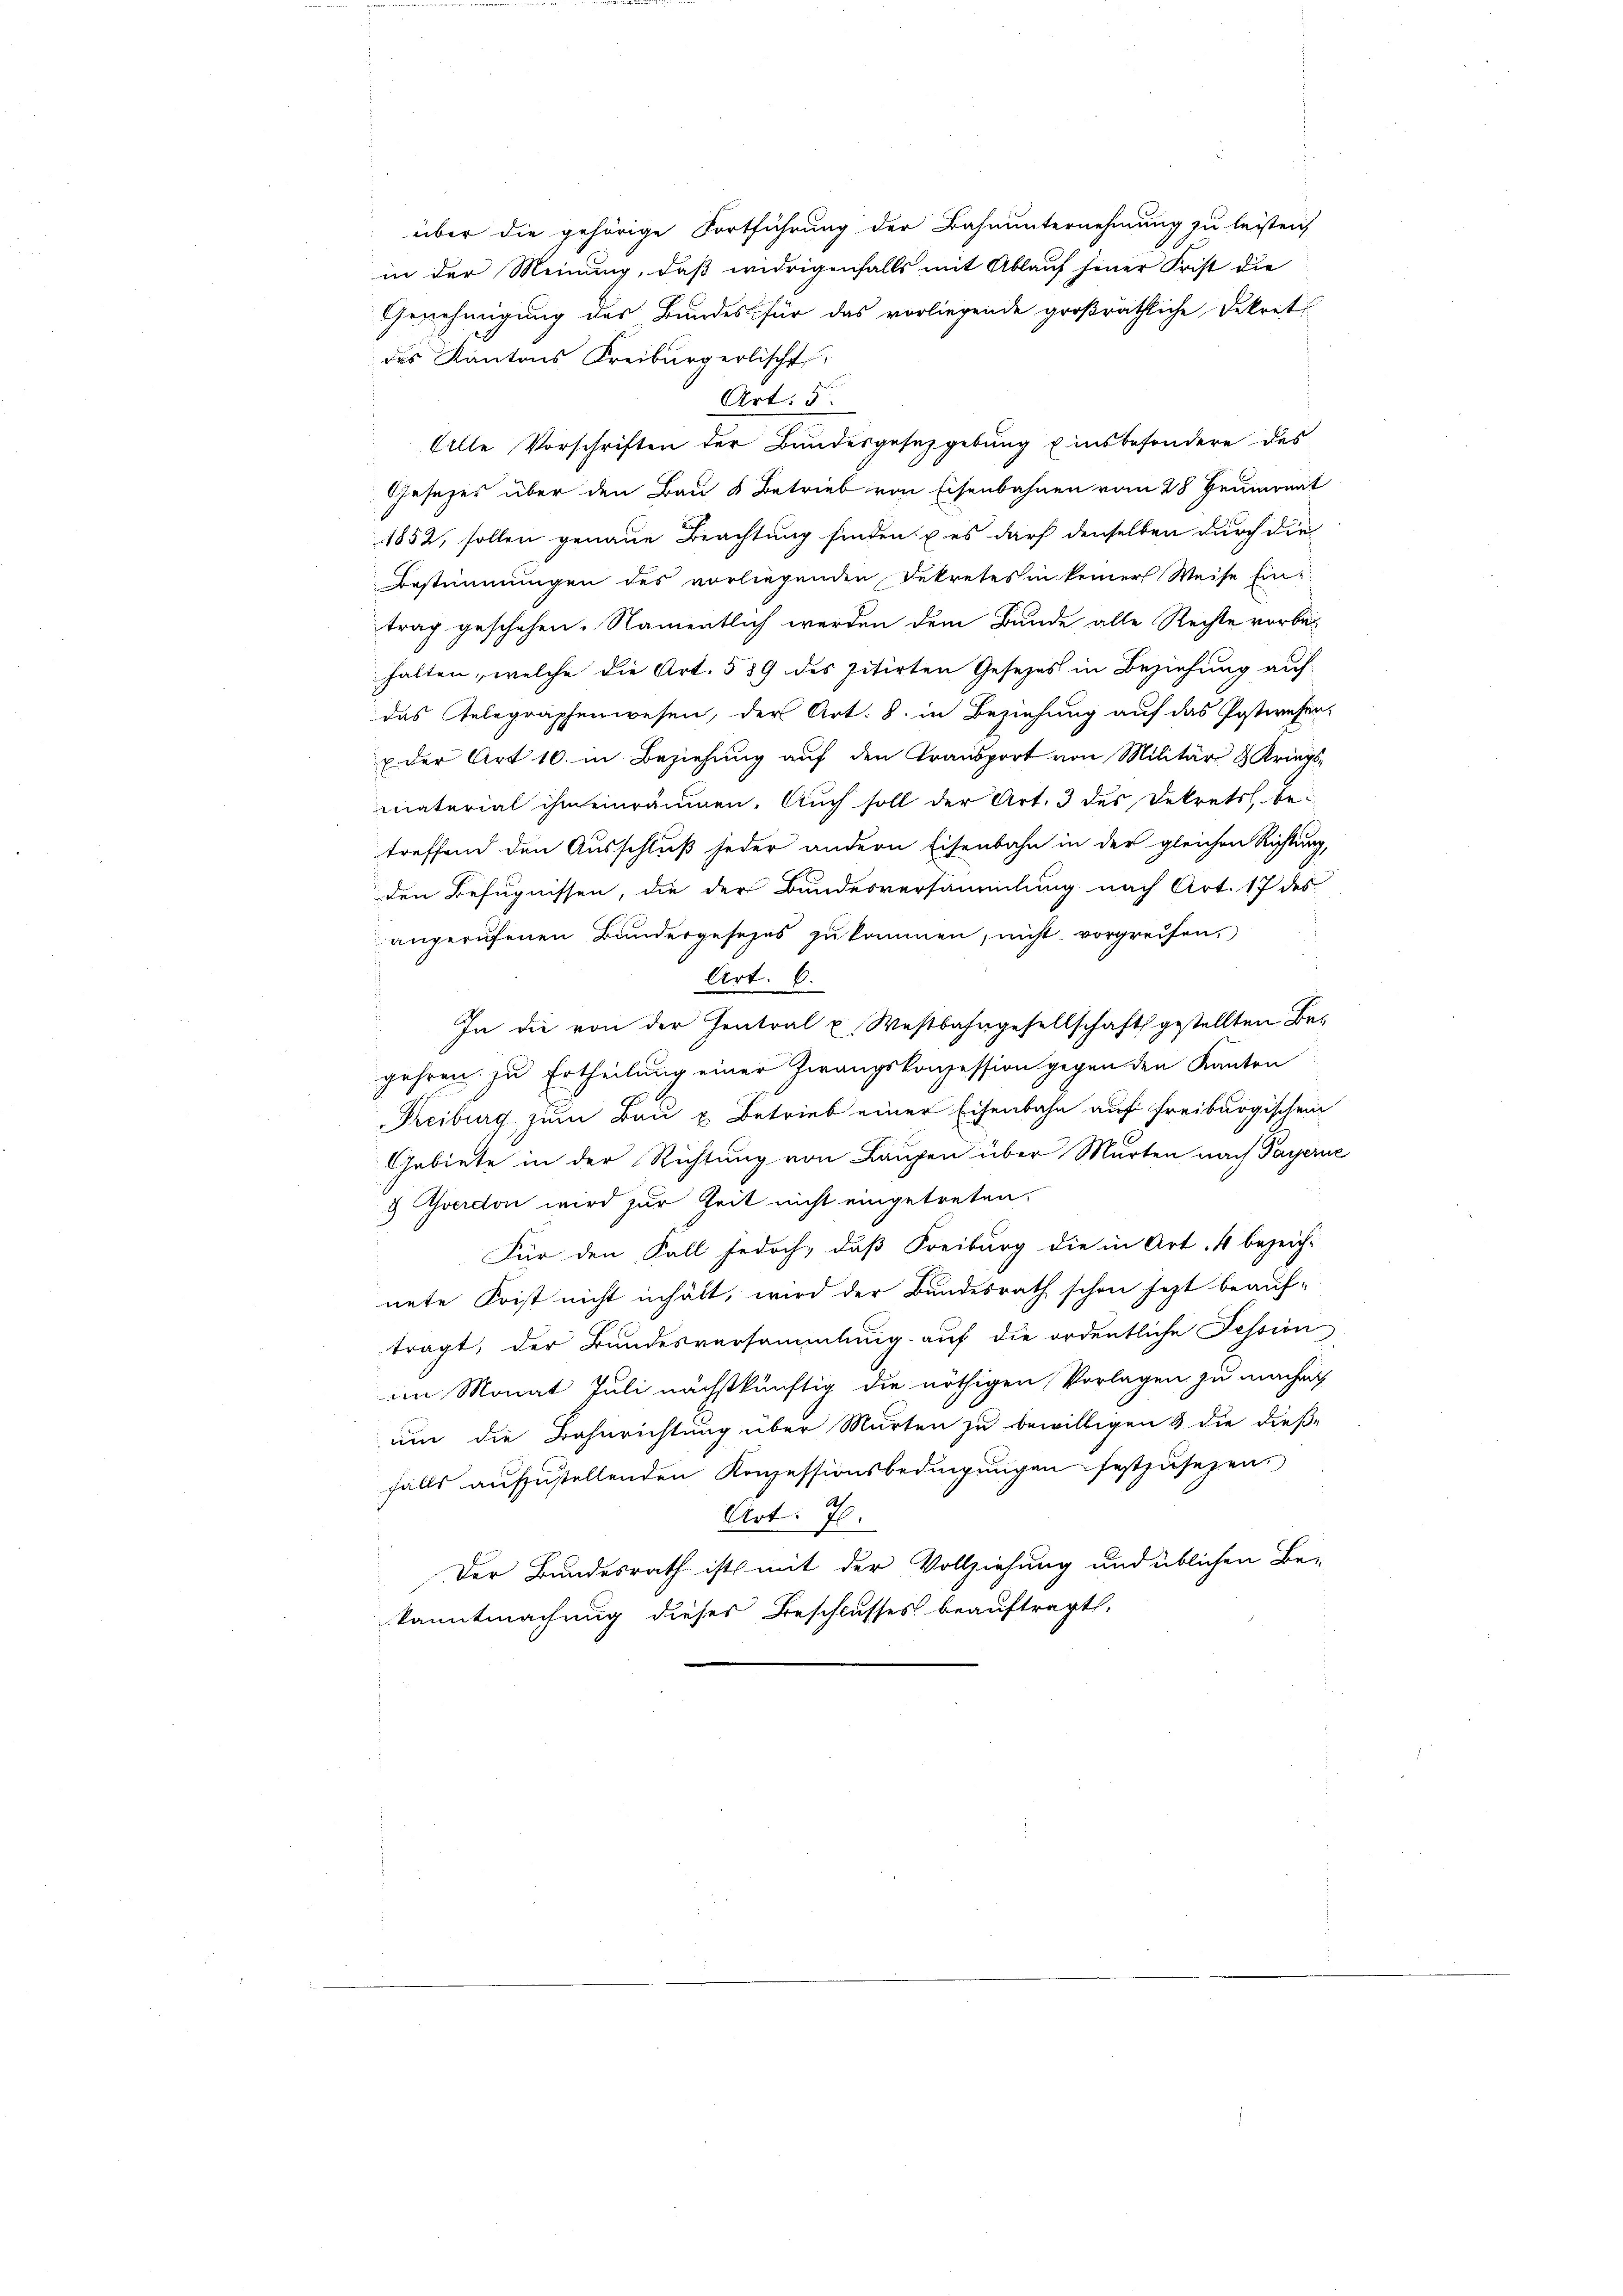
über die gehörige Fortführung der Bahnunternehmung zu leisten,
in der Meinung, daß widrigenfalls mit Ablauf jener Frist die
Genehmigung des Bundes für das vorliegende großräthliche Dekret
des Kantons Freiburgerlischt
Art: 5.
Alle Vorschriften der Bundesgesetzgebung u insbesondere des
Gesetzes über den Bau & Betrieb von Eisenbahnen vom 28. Heumonat
1852, sollen genaue Beachtung finden u es darf denselben durch die
Bestimmungen des vorliegenden Dekretes in keiner Weise Ein-
trag geschehen. Namentlich werden dem Bunde alle Rechte vorbe-
halten, welche die Art. 559 des zitirten Gesezes in Beziehung auf
das Gelegraphenwesen, der Art. 8. in Beziehung auf das Postwesen,
E der Art 10. in Beziehung auf den Transport von Militär 8 Kriegs-
material ihm einräumen. Auch soll der Art. 3 des Dekrets bei
treffend den Ausschluß jeder andern Eisenbahn in der gleichen Richtung,
den Befugnissen, die der Bundesversammlung nach Art. 17 des
angerufenen Bandergesezes zukommen, nicht vorgreifen,
Art. 6.
In die von der Zentral u. Westbahngesellschaft gestellten Begehren zu Ertheilung einer Zwangskonzession gegen den Kanton
Rreiburg zum Bau & Betrieb einer Eisenbahn auf freiburgischen
Gebiete in der Richtung von Laupen über Murten nach Payerne
 Averston wird zur Zeit nicht eingetreten:
Für den Fall jedoch, daß Freiburg die in Art. 4 bezeich-
nete Frist nicht inhält, wird der Bundesrath schon jezt beauf-
tragt, der Bundesversammlung auf die ordentliche Fession
im Monat Juli nächstkünftig die nöthigen Vorlagen zu machen
um die Bahnrichtung über Murten zu bewilligen & die dieße
falls aufzustellenden Konzessionsbedingungen festzusezen.
Art: 7.
Der Bundesrath ist mit der Vollziehung und üblichen Be-
kanntmachung dieses Beschlusses beauftragt,